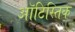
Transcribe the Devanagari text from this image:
ऑटिस्तिक